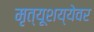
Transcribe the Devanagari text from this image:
मृत्यूशय्येवर